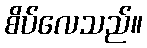
စိပ်လေသည်။